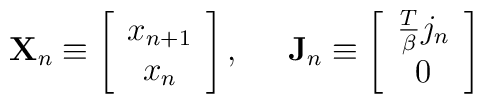
\mathbf{X}_n\equiv \left[ \begin{array}{c}x_{n+1} \\ x_n\end{array}\right] ,\;\;\;\;\;\mathbf{J}_n\equiv \left[ \begin{array}{c}\frac T\beta j_n \\ 0\end{array}\right]